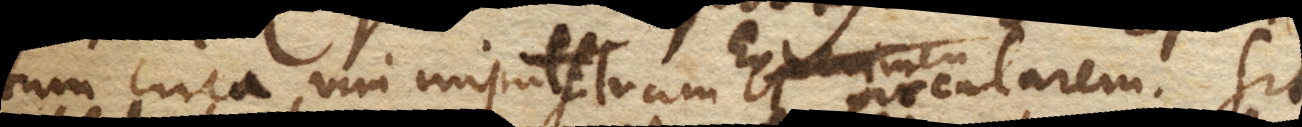
tum circa vim impulsivam circularem. Sit